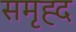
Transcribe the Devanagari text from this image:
समृह्द